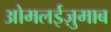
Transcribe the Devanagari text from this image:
ओमलईज़ुमाब